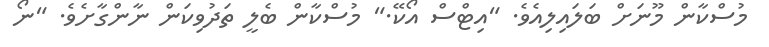
މުސްކާން މޫނަށް ބަލައިލިއެވެ. "އިޓްސް އޯކޭ." މުސްކާން ބެލީ ތަދުވިކަން ނާންގާށެވެ. "ނޯ